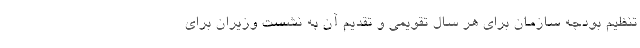
تنظیم بودجه سازمان برای هر سال تقویمی و تقدیم آن به نشست وزیران برای